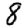
Digit: 8